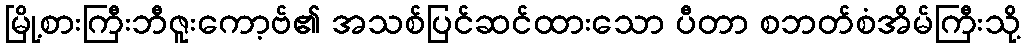
မြို့စားကြီးဘီဇူးကော့ဗ်၏ အသစ်ပြင်ဆင်ထားသော ပီတာ စဘတ်စံအိမ်ကြီးသို့